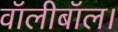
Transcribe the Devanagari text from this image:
वॉलीबॉल।